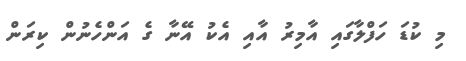
މި ކުޑަ ހަފްލާގައި އާމިރު އާއި އެކު އޭނާ ގެ އަންހެނުން ކިރަން